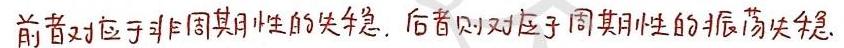
前者对应于非周期性的失稳，后者则对应于周期性的振荡失稳.